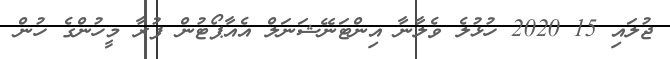
ޖުލައި 15 2020 ހުޅުލެ ވެލާނާ އިންޓަނޭޝަނަލް އެއާޕޯޓުން ފުރާ މީހުންގެ ހުން